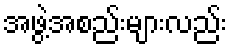
အဖွဲ့အစည်းများလည်း